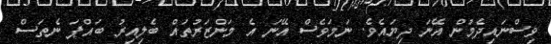
ވިސްނައިދެމުން އޭނަ ދިޔައެވެ. ނަމަވެސް އޭނަ އެ މަންޒަރުތައް ބެލިއިރު ބައްޕަ ނެތަސް